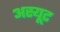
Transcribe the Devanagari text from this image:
अस्यूट